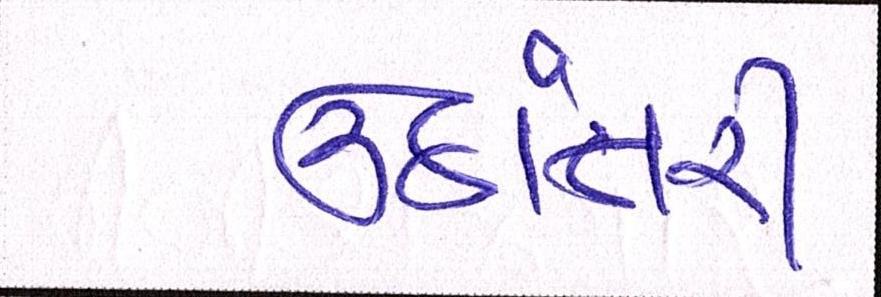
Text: ઉઠાંતરી